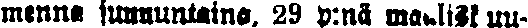
menna sunnuntaina, 29 p:nä maalisk uu-